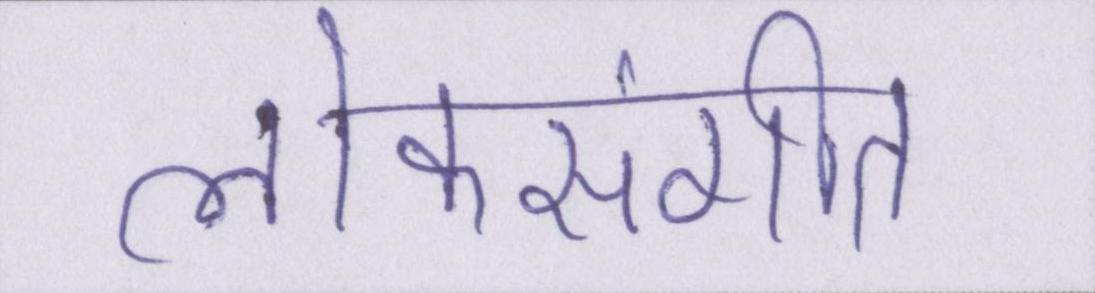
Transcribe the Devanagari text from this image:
लोकसंगीत